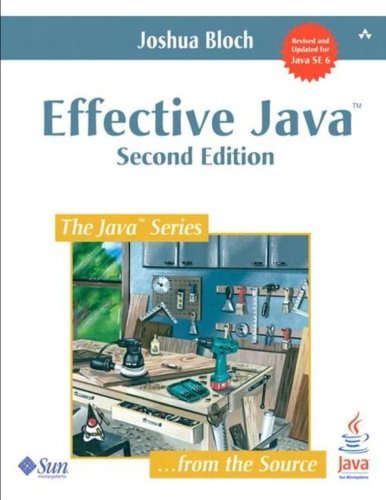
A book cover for Effective Java (2nd Edition); Joshua Bloch; Computers & Technology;